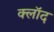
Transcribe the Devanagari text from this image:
क्लॉद